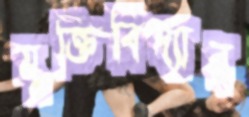
যুক্তিবিদ্যার